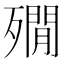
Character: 𣩞